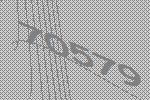
70579